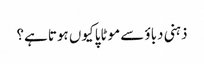
ذہنی دباؤ سے موٹاپا کیوں ہوتا ہے؟